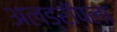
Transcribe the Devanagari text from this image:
अलड्रॉपला